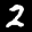
Label: 2